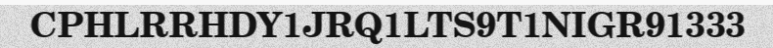
CPHLRRHDY1JRQ1LTS9T1NIGR91333